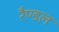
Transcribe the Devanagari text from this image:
रैण्डल